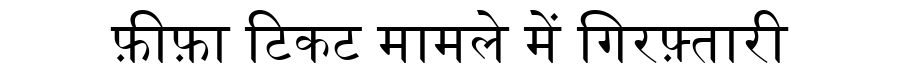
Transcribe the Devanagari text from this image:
फ़ीफ़ा टिकट मामले में गिरफ़्तारी